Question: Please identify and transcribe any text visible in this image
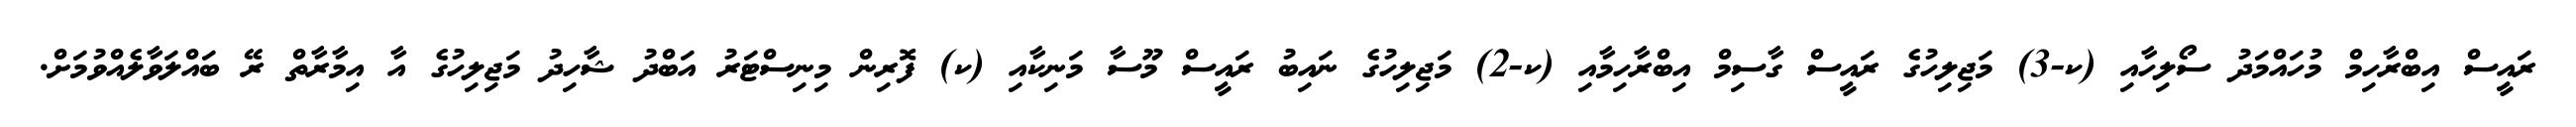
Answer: ރައީސް އިބްރާހިމް މުހައްމަދު ސޯލިހާއި (ކ-3) މަޖިލިހުގެ ރައީސް ގާސިމް އިބްރާހިމާއި (ކ-2) މަޖިލިހުގެ ނައިބު ރައީސް މޫސާ މަނިކާއި (ކ) ފޮރިން މިނިސްޓަރު އަބްދު ޝާހިދު މަޖިލިހުގެ އާ އިމާރާތް ރޭ ބައްލަވާލެއްވުމަށް.